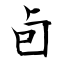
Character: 卣